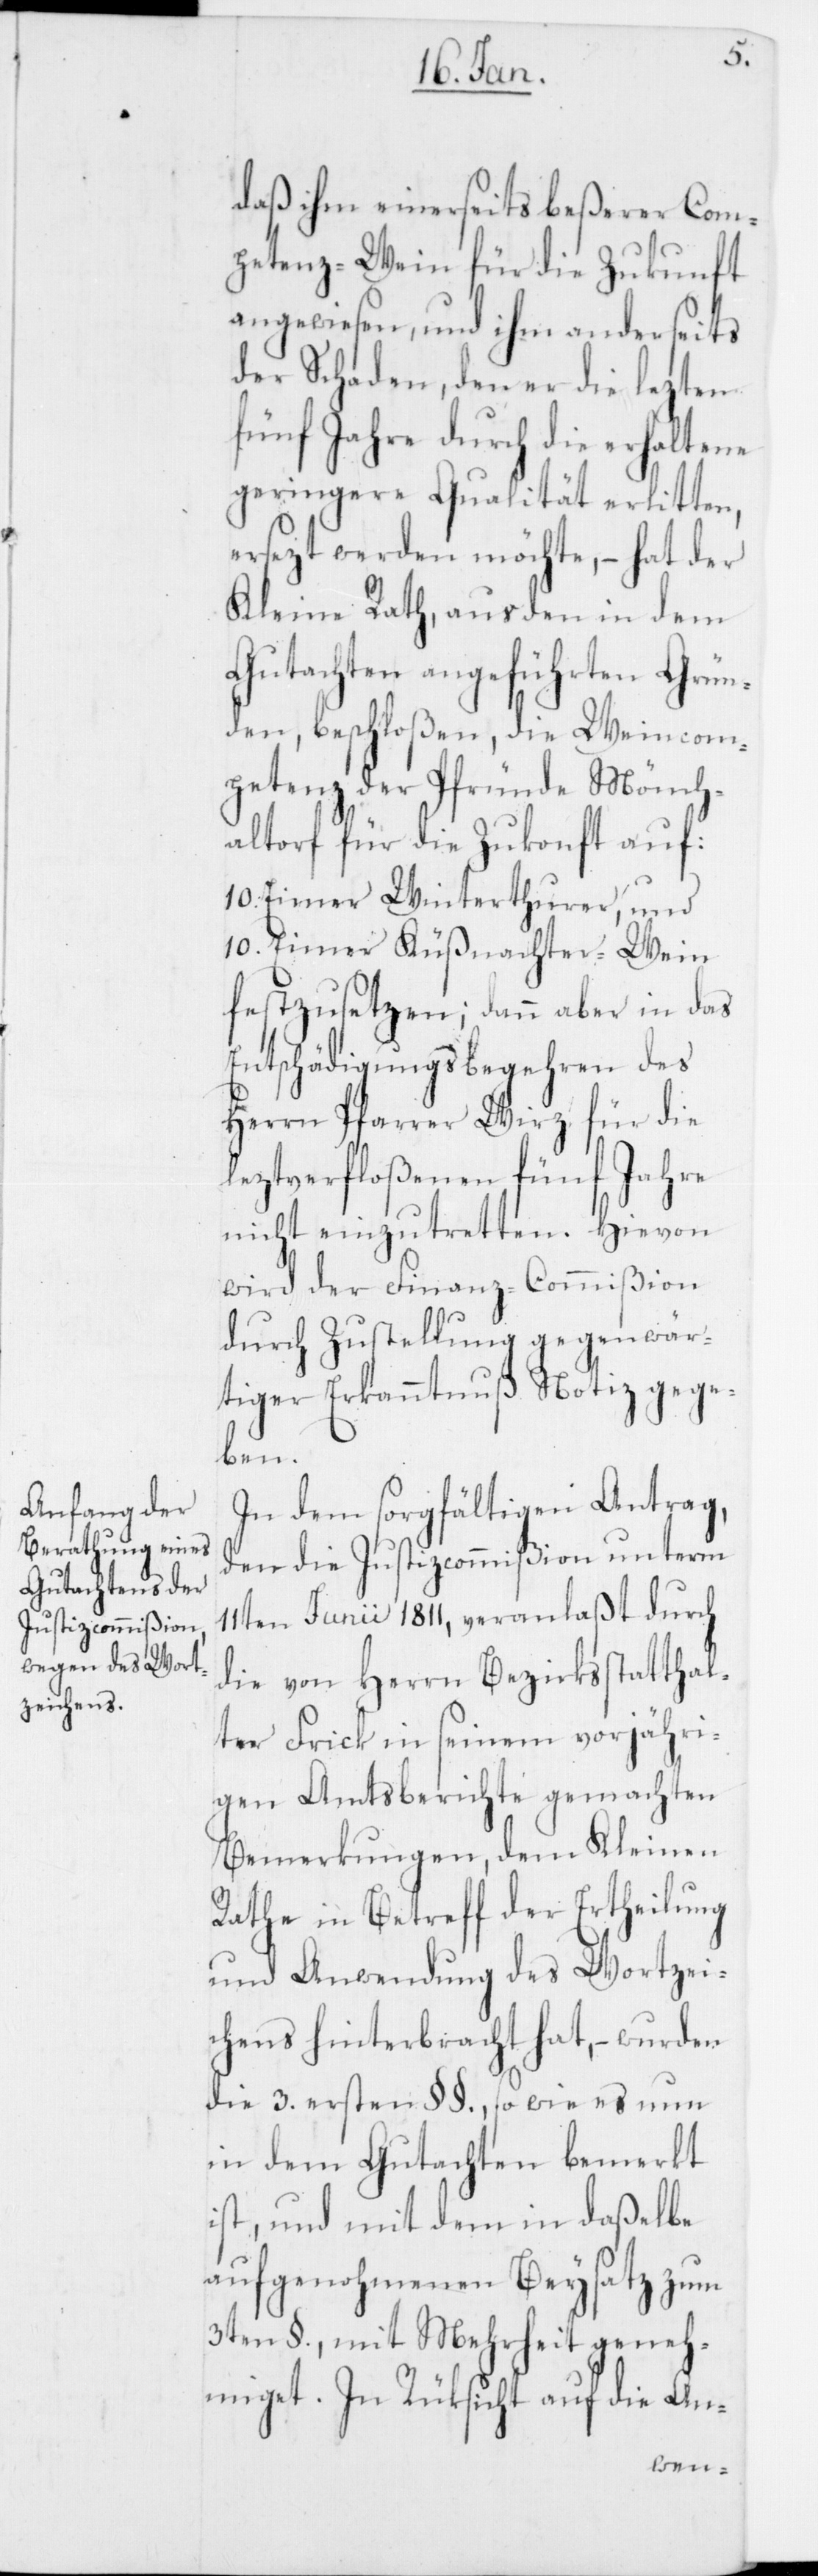
daß ihm einerseits beßerer Com¬
pentenz-Wein für die Zukunft
angewiesen, und ihm anderseits
der Schaden, den er die lezten
fünf Jahre durch die erhaltene
geringere Qualität erlitten,
ersezt werden möchte, –
der
Kleine Rath, aus den in dem
Gutachten angeführ¬
Grün¬
den, beschloßen, die Wei¬
ncom¬
petenz der Pfründe Mönch¬
altorf für die Zukonft auf:
10. Eimer Winterthurer, und
10. Eimer Küßnachter-Wein
festzusetzen; dann aber in das
Entschädigungsbegehren des
Herrn Pfarrer Wirz für die
leztverfloßenen fünf Jahre
nicht einzutretten. Hievon
wird der Finanz-Commißion
durch Zustellung gegenwär¬
tiger Erkanntnuß Notiz gege¬
ben.
In dem sorgfältigen Antrag,
den die Justizcommißion unterm
11ten Junii 1811, veranlaßt durch
die von Herrn Bezirksstatthal¬
ter Frick in seinem vorjähri¬
gen Amtsberichte gemachten
Bemerkungen, dem Kleinen
Rathe in Betreff der Ertheilung
und Anwendung des Wortzei¬
chens hinterbracht hat, – wurden
die 3. ersten §§., so wie es nun
in dem Gutachten bemerkt
ist, und mit dem in daßelbe
aufgenohmenen Beysatz zum
3ten §., mit Mehrheit geneh¬
miget. In Rüksicht auf die An-